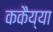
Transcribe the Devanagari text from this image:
ककैय्या